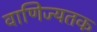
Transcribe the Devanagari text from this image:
वाणिज्यतक